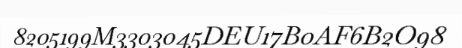
8205199M3303045DEU17B0AF6B2O98